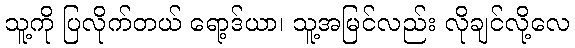
သူ့ကို ပြလိုက်တယ် ရော့ဒ်ယာ၊ သူ့အမြင်လည်း လိုချင်လို့လေ